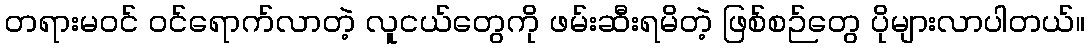
တရားမဝင် ဝင်ရောက်လာတဲ့ လူငယ်တွေကို ဖမ်းဆီးရမိတဲ့ ဖြစ်စဉ်တွေ ပိုများလာပါတယ်။